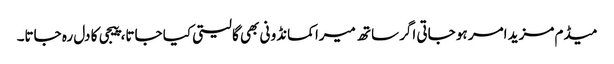
میڈم مزید امر ہو جاتی اگر ساتھ میرا کمانڈو نی بھی گا لیتی کیا جاتا، پیجی کا دل رہ جاتا۔